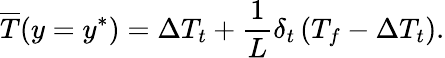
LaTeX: \overline{{T}}(y=y^{*})=\Delta T_{t}+\frac{1}{L}\delta_{t}\left(T_{f}-\Delta T_{t}\right).